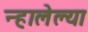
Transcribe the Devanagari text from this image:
न्हालेल्या